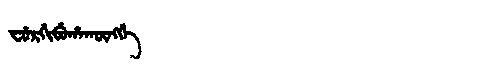
Manchu: ᠸᡠᡵᡤᡳᠪᡠᡥᠠᡴᡡᠩᡤᡝ
Romanization: FURGIBUHAKŪNGGE